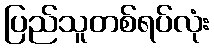
ပြည်သူတစ်ရပ်လုံး